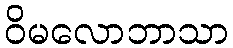
ဝိမလောဘာသာ